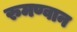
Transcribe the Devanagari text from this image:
रुमण्वान